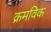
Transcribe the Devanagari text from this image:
क्रमविक